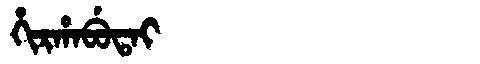
Manchu: ᡥᡳᡵᡥᠠᠪᡠᡨᠠᡳ
Romanization: HIRHABUTAI